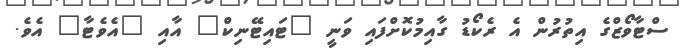
ސްޓާވޯޒްގެ އިތުރުން އެ ރެކޯޑު ގާއިމުކޮށްފައި ވަނީ "ޓައިޓޭނިކް" އާއި "އެވެޓާ" އެވެ.